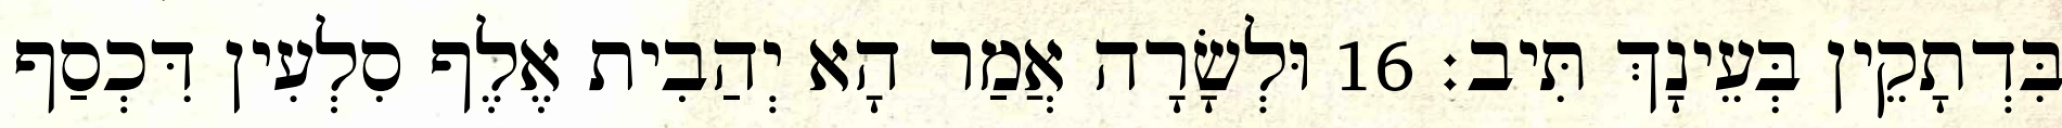
בִּדְתָקֵין בְּעֵינָךְ תִּיב׃ 16 וּלְשָׂרָה אֲמַר הָא יְהַבִית אֶלֶף סִלְעִין דִּכְסַף